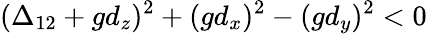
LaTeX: (\Delta_{12}+gd_{z})^{2}+(gd_{x})^{2}-(gd_{y})^{2}<0